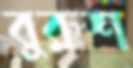
বুরুশ